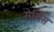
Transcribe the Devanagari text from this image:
सेलिस